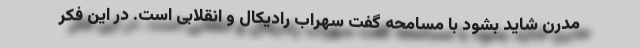
مدرن شاید بشود با مسامحه گفت سهراب رادیکال و انقلابی است. در این فکر